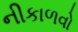
નીકાળવો